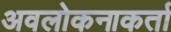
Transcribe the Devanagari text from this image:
अवलोकनाकर्ता